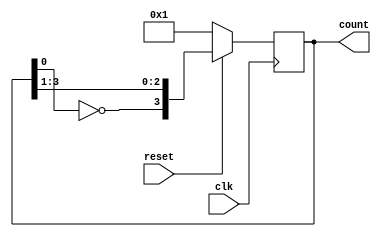
module johnsonCounter(clk, reset, count);
	
	parameter WIDTH = 4;
	
	input clk;
	input reset;
	output reg [WIDTH -1 : 0]count;
	
	always @(posedge clk) begin
		if(reset)
			count <= {~count[0], count[WIDTH -1 : 1]};
		else
			count <= 1;
	end
	
endmodule